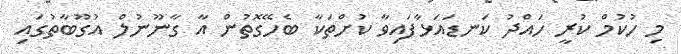
މި ހުކުމް ކުރީ ހައްދު ކަނޑައަޅާފައިވާ ކުށްތަކާ ބެހޭގޮތުން އާ ގާނޫނުލް އުގޫބާތުގައި